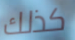
كذلك